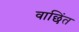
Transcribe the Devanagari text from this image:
वाछिंत